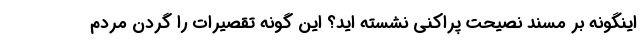
اینگونه بر مسند نصیحت پراکنی نشسته اید؟ این گونه تقصیرات را گردن مردم